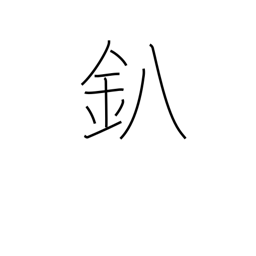
Meaning: forge